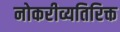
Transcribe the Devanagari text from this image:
नोकरीव्यतिरिक्त